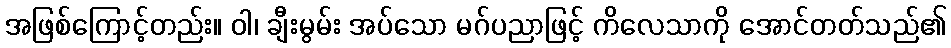
အဖြစ်ကြောင့်တည်း။ ဝါ၊ ချီးမွမ်း အပ်သော မဂ်ပညာဖြင့် ကိလေသာကို အောင်တတ်သည်၏